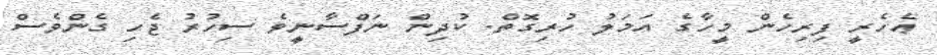
ޢެހެރީ ފިރިހެން މީހާގެ އަމަލު ހުރިގޮތް. ކުދިން ނަފްސާނީވެ ސިހުރު ޖެހި ގެންވެސް